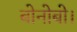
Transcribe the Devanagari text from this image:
बोनोबो।